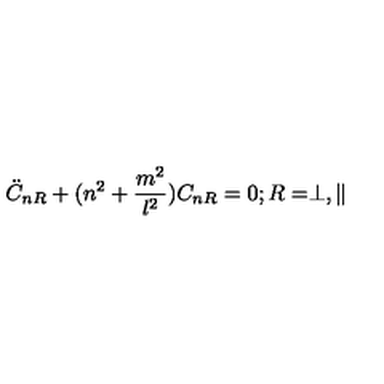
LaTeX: \ddot { C } _ { n R } + ( n ^ { 2 } + \frac { m ^ { 2 } } { l ^ { 2 } } ) C _ { n R } = 0 ; R = \perp , \parallel